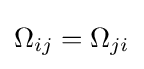
\Omega _{ij}=\Omega _{ji}